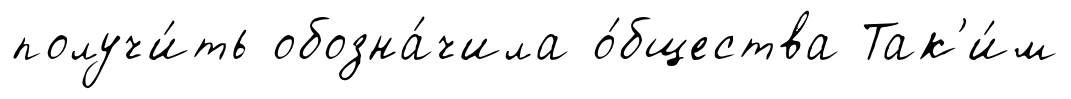
получи́ть обозна́чила о́бщества Так'и́м